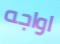
اواجه